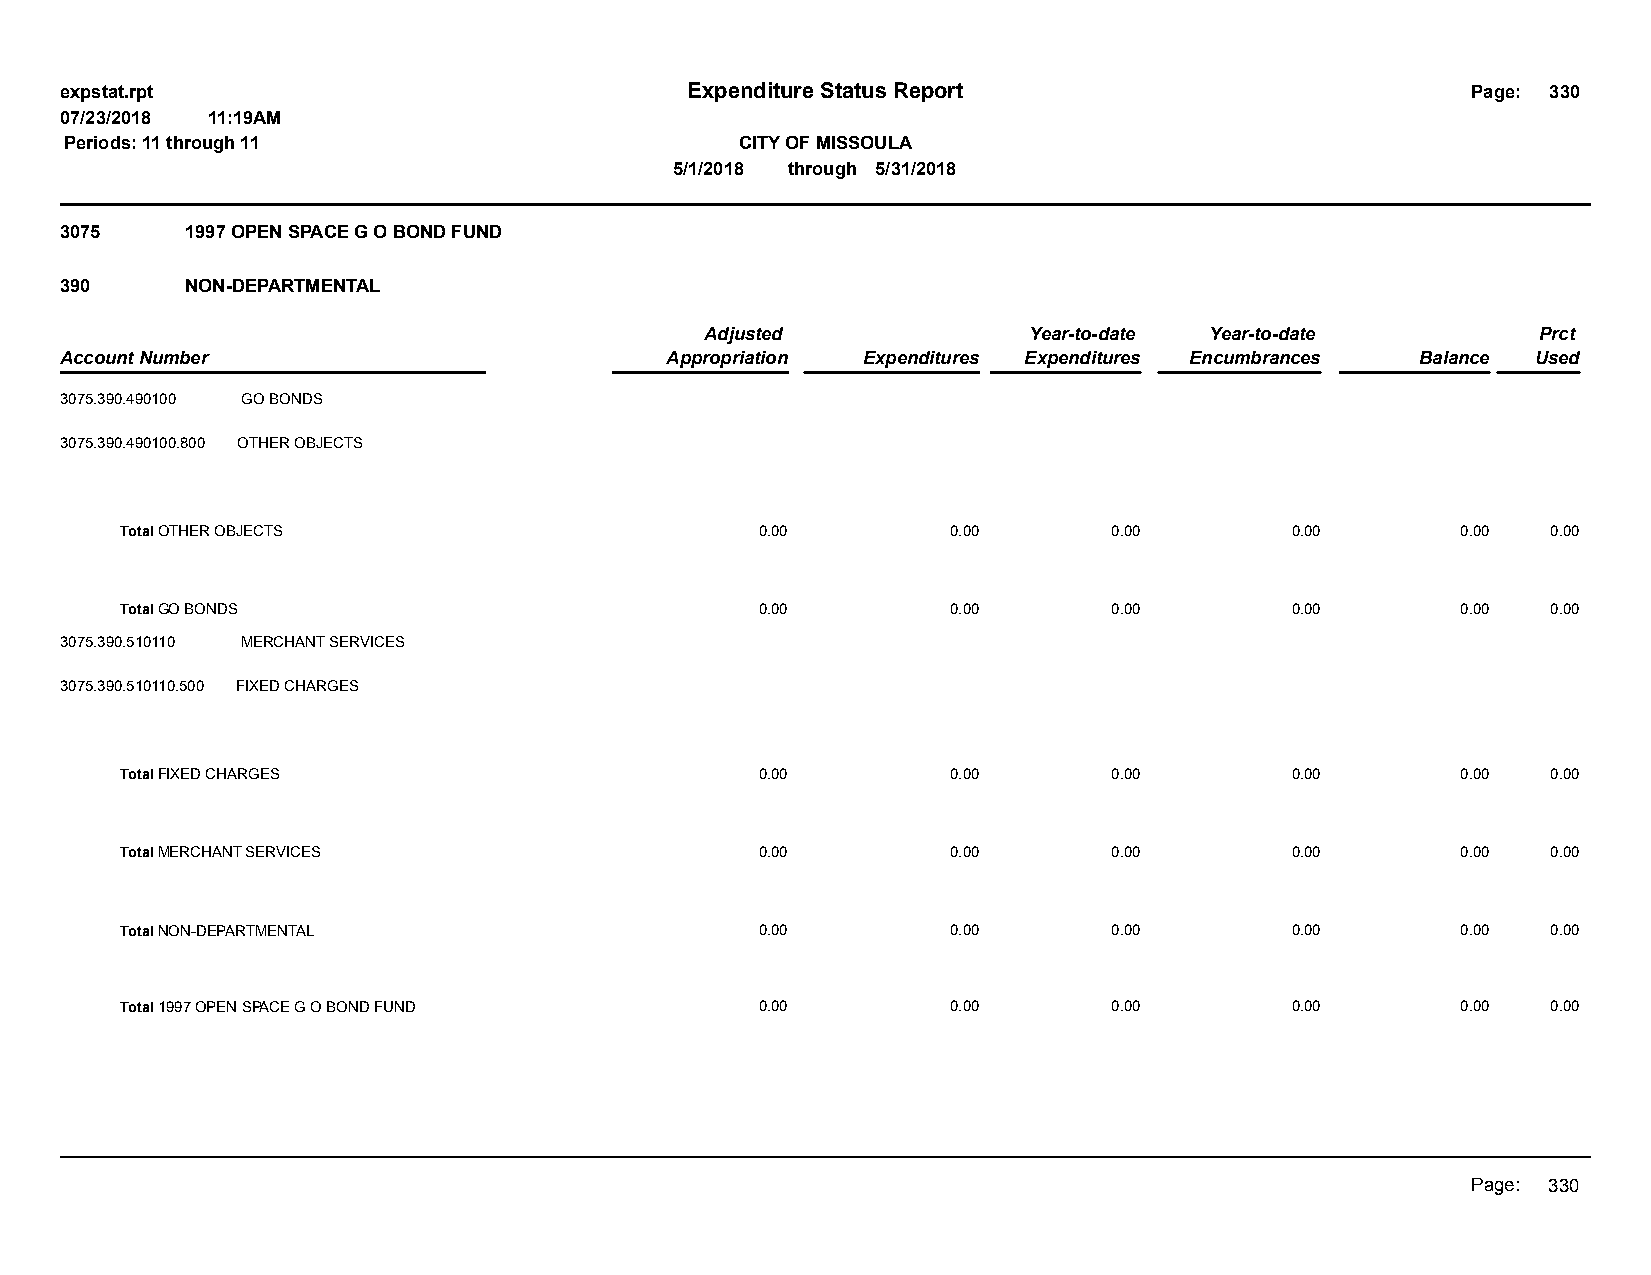
expstat.rpt                              Expenditure Status Report                           Page: 330
 07/23/2018 11:19AM
 Periods: 11 through 11                       CITY OF MISSOULA
 5/1/2018 through 5/31/2018
 3075    1997 OPEN SPACE G O BOND FUND
 390     NON-DEPARTMENTAL
 Adjusted             Year-to-date Year-to-date         Prct
 Account Number                          Appropriation Expenditures Expenditures Encumbrances Balance Used
 3075.390.490100 GO BONDS
 3075.390.490100.800 OTHER OBJECTS
 Total OTHER OBJECTS                       0.00         0.00       0.00       0.00        0.00  0.00
 Total GO BONDS                            0.00         0.00       0.00       0.00        0.00  0.00
 3075.390.510110 MERCHANT SERVICES
 3075.390.510110.500 FIXED CHARGES
 Total FIXED CHARGES                       0.00         0.00       0.00       0.00        0.00  0.00
 Total MERCHANT SERVICES                   0.00         0.00       0.00       0.00        0.00  0.00
 Total NON-DEPARTMENTAL                    0.00         0.00       0.00       0.00        0.00  0.00
 Total 1997 OPEN SPACE G O BOND FUND       0.00         0.00       0.00       0.00        0.00  0.00
 Page: 330